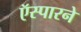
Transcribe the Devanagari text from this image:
ऍस्पारने